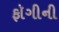
ફૉગીની